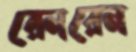
রেনরেন